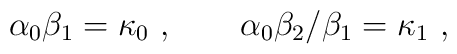
\alpha_0 \beta_1 = \kappa_0 \ , \qquad\alpha_0 \beta_2 / \beta_1 = \kappa_1 \ ,